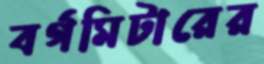
বর্গমিটারের